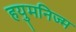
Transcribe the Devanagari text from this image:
हयुमनिज्म